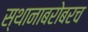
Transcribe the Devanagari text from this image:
स्थानाबरोबरच